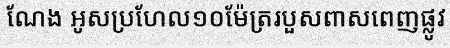
ណែង អូសប្រហែល១០ម៉ែត្ររបួសពាសពេញផ្លូវ